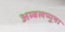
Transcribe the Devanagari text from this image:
अम्बलप्पुष़ा